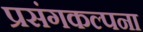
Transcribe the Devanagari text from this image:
प्रसंगकल्पना